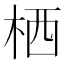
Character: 栖